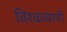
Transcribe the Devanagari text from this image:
विश्‍वव्‍यापी